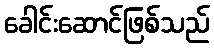
ခေါင်းဆောင်ဖြစ်သည်